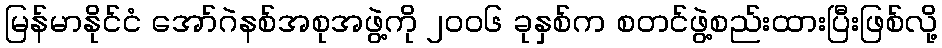
မြန်မာနိုင်ငံ အော်ဂဲနစ်အစုအဖွဲ့ကို ၂ဝဝ၆ ခုနှစ်က စတင်ဖွဲ့စည်းထားပြီးဖြစ်လို့